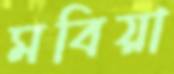
মবিয়া